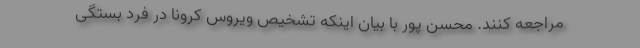
مراجعه کنند. محسن پور با بیان اینکه تشخیص ویروس کرونا در فرد بستگی